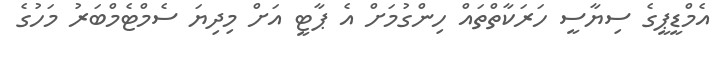
އެމްޑީޕީގެ ސިޔާސީ ހަރަކާތްތައް ހިންގުމަށް އެ ޕާޓީ އަށް މިދިޔަ ސެމްޓެމްބަރު މަހުގެ